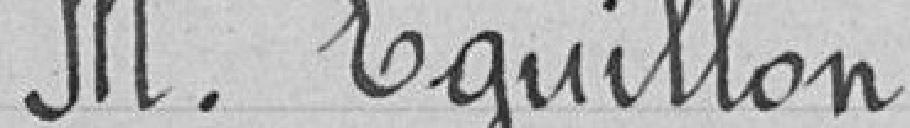
Monsieur Eguillon